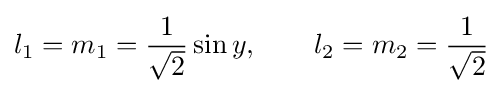
l_{1}=m_{1}={\frac {1}{\sqrt {2}}}\sin {y},\qquad l_{2}=m_{2}={\frac {1}{\sqrt {2}}}